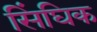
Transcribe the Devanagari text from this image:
सिंघिक